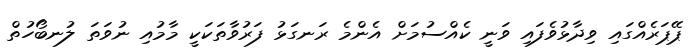
ޕޭޕަރެއްގައި ވިދާޅުވެފައި ވަނީ ކެއްސުމަށް އެންމެ ރަނގަޅު ފަރުވާތަކަކީ މާމުއި ނުވަތަ ލުނބޯހުތް